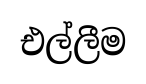
එල්ලීම